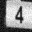
Digit: 4